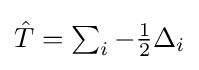
{\textstyle {\hat {T}}=\sum _{i}-{\frac {1}{2}}\Delta _{i}}